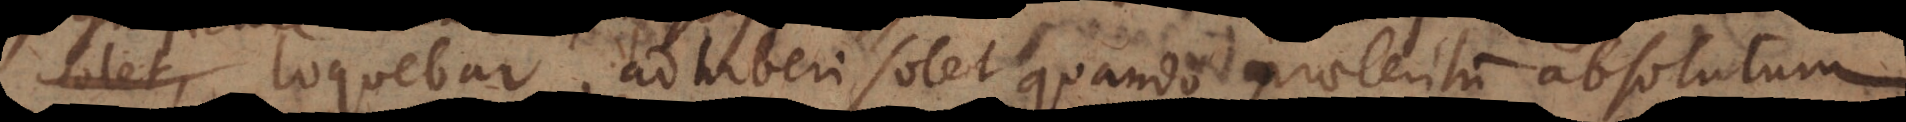
let, loquebar, adhiberi solet quando praeteritum absolutum